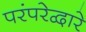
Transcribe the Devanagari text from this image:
परंपरेद्वारे